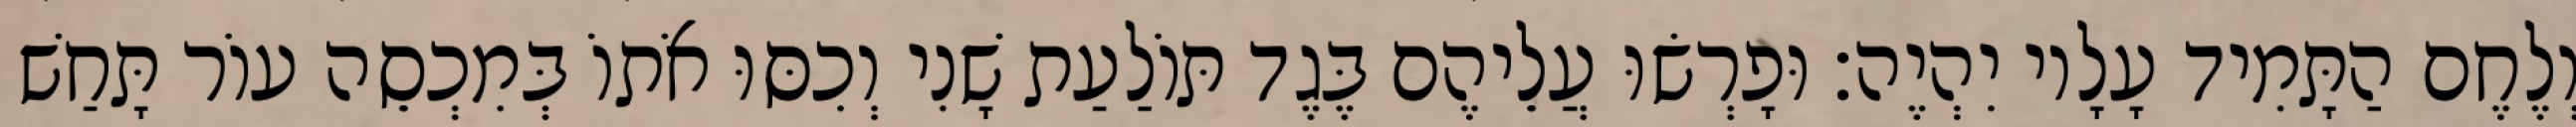
וְלֶחֶם הַתָּמִיד עָלָיו יִהְיֶה׃ וּפָרְשׂוּ עֲלֵיהֶם בֶּגֶד תּוֹלַעַת שָׁנִי וְכִסּוּ אֹתוֹ בְּמִכְסֵה עוֹר תָּחַשׁ